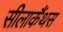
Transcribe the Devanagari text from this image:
सीलाकैंथस